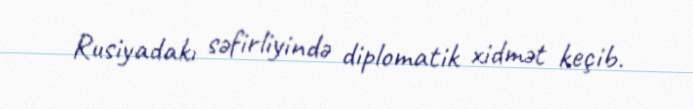
Rusiyadakı səfirliyində diplomatik xidmət keçib.